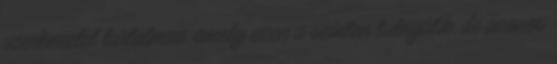
szerkezetet tartalmaz, amely ezen a szinten túlnyúlik, de azonos